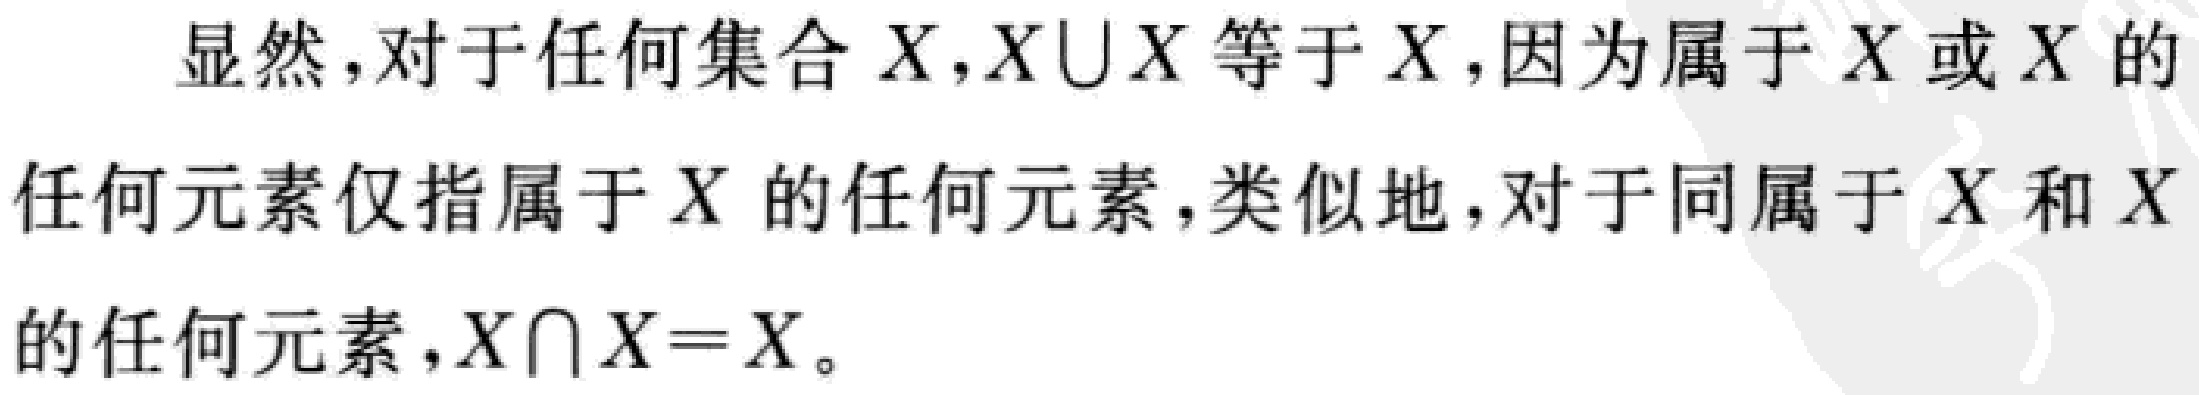
显然，对于任何集合 \(X\)，\(X\cup X\) 等于 \(X\)，因为属于 \(X\) 或 \(X\) 的

任何元素仅指属于 \(X\) 的任何元素，类似地，对于同属于 \(X\) 和 \(X\)

的任何元素，\(X\cap X = X\)。